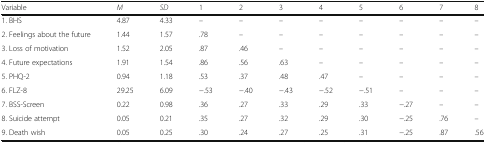
| Variable | M | SD | 1 | 2 | 3 | 4 | 5 | 6 | 7 | 8 |
 | --- | --- | --- | --- | --- | --- | --- | --- | --- | --- | --- |
 | 1. BHS | 4.87 | 4.33 | – | – | – | – | – | – | – | – |
 | 2. Feelings about the future | 1.44 | 1.57 | .78 | – | – | – | – | – | – | – |
 | 3. Loss of motivation | 1.52 | 2.05 | .87 | .46 | – | – | – | – | – | – |
 | 4. Future expectations | 1.91 | 1.54 | .86 | .56 | .63 | – | – | – | – | – |
 | 5. PHQ-2 | 0.94 | 1.18 | .53 | .37 | .48 | .47 | – | – | – | – |
 | 6. FLZ-8 | 29.25 | 6.09 | −.53 | −.40 | −.43 | −.52 | −.51 | – | – | – |
 | 7. BSS-Screen | 0.22 | 0.98 | .36 | .27 | .33 | .29 | .33 | −.27 | – | – |
 | 8. Suicide attempt | 0.05 | 0.21 | .35 | .27 | .32 | .29 | .30 | −.25 | .76 | – |
 | 9. Death wish | 0.05 | 0.25 | .30 | .24 | .27 | .25 | .31 | −.25 | .87 | .56 |